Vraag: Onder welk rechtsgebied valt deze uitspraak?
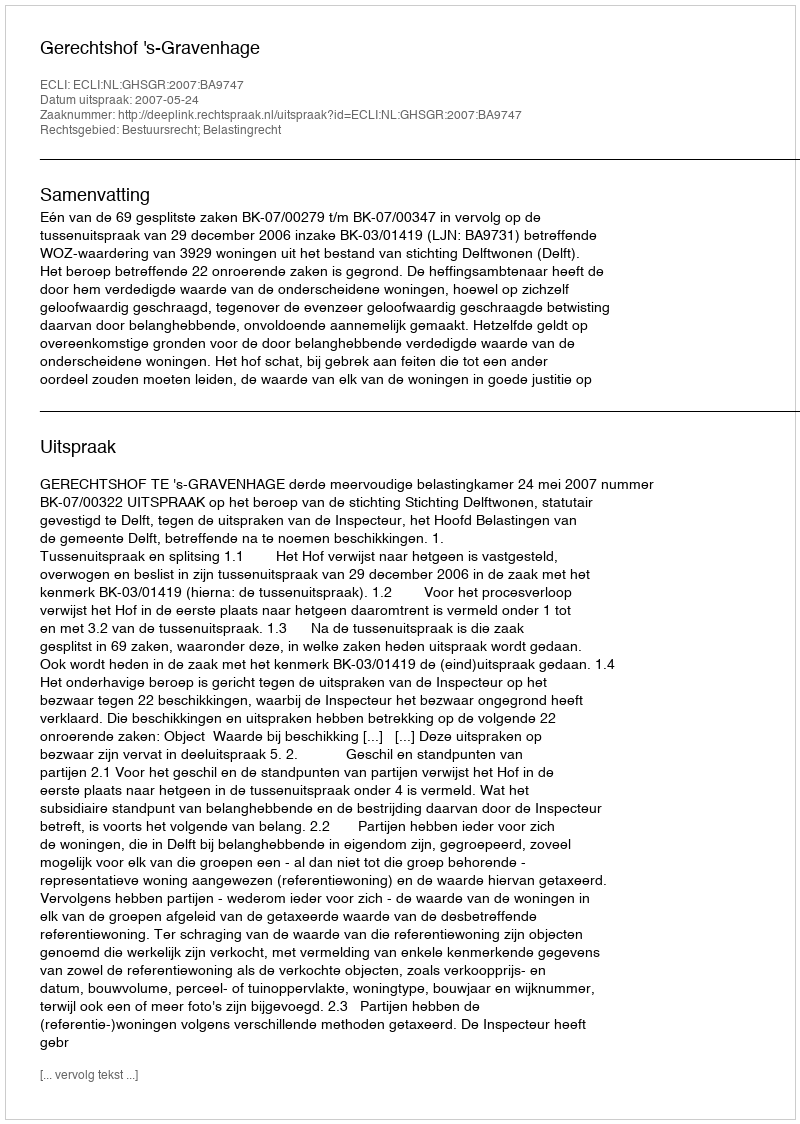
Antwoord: Bestuursrecht; Belastingrecht